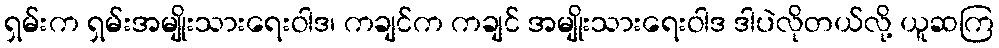
ရှမ်းက ရှမ်းအမျိုးသားရေးဝါဒ၊ ကချင်က ကချင် အမျိုးသားရေးဝါဒ ဒါပဲလိုတယ်လို့ ယူဆကြ